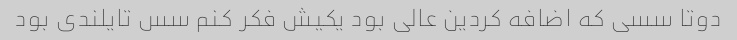
دوتا سسی که اضافه کردین عالی بود یکیش فکر کنم سس تایلندی بود